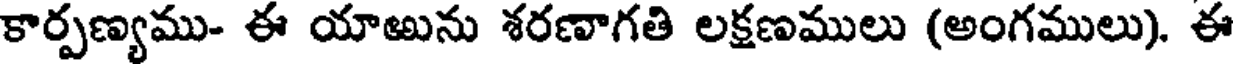
కార్పణ్యము- ఈ యాఱును శరణాగతి లక్షణములు (అంగములు). ఈ